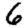
Digit: 6